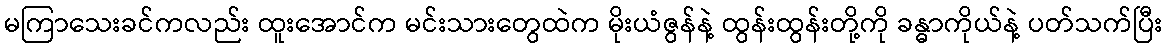
မကြာသေးခင်ကလည်း ထူးအောင်က မင်းသားတွေထဲက မိုးယံဇွန်နဲ့ ထွန်းထွန်းတို့ကို ခန္ဓာကိုယ်နဲ့ ပတ်သက်ပြီး